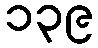
၁၃၉